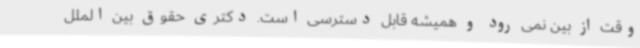
وقت از بین نمی رود و همیشه قابل دسترسی است. دکتری حقوق بین الملل